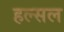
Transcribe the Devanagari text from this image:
हल्सल